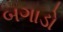
બગાડો